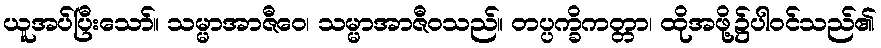
ယူအပ်ပြီးသော်။ သမ္မာအာဇီဝေ၊ သမ္မာအာဇီဝသည်။ တပ္ပက္ခိကတ္တာ၊ ထိုအဖို့၌ပါဝင်သည်၏